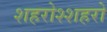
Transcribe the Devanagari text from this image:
शहरोश्शहरो